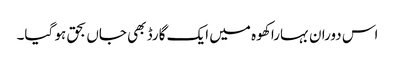
اس دوران بہارا کھوہ میں ایک گارڈ بھی جاں بحق ہو گیا۔